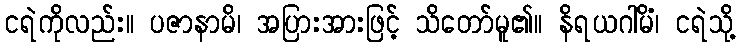
ငရဲကိုလည်း။ ပဇာနာမိ၊ အပြားအားဖြင့် သိတော်မူ၏။ နိရယဂါမိံ၊ ငရဲသို့